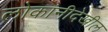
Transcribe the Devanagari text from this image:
लोकांनीदेखील